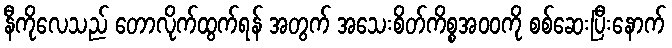
နီကိုလေသည် တောလိုက်ထွက်ရန် အတွက် အသေးစိတ်ကိစ္စအဝဝကို စစ်ဆေးပြီးနောက်